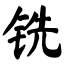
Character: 铣